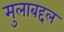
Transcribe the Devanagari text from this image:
मुलाबद्दल